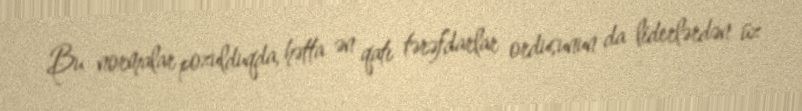
Bu normalar pozulduqda, hətta ən qatı tərəfdarlar ordusunun da liderlərdən üz